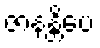
ဇာနန္တိပေ